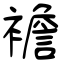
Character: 襜